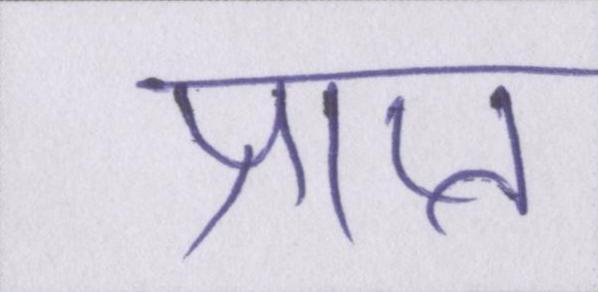
प्राप्त